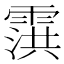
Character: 霟